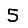
Digit: 5